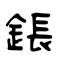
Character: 鋹